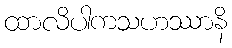
ထာလိပါကသဟဿာနိ